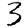
Digit: 3